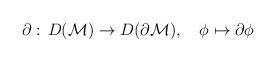
\begin{align*}\partial:\,D({\cal M})\rightarrow D(\partial {\cal M}),\quad \phi\mapsto\partial\phi\end{align*}